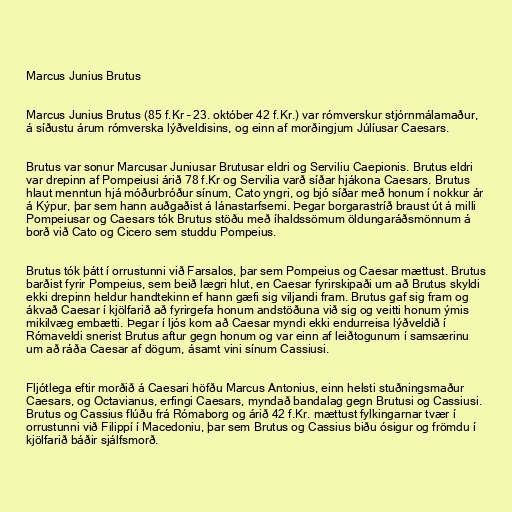
Marcus Junius Brutus

Marcus Junius Brutus (85 f.Kr – 23. október 42 f.Kr.) var rómverskur stjórnmálamaður,
á síðustu árum rómverska lýðveldisins, og einn af morðingjum Júlíusar Caesars.

Brutus var sonur Marcusar Juniusar Brutusar eldri og Serviliu Caepionis. Brutus eldri
var drepinn af Pompeiusi árið 78 f.Kr og Servilia varð síðar hjákona Caesars. Brutus
hlaut menntun hjá móðurbróður sínum, Cato yngri, og bjó síðar með honum í nokkur ár
á Kýpur, þar sem hann auðgaðist á lánastarfsemi. Þegar borgarastríð braust út á milli
Pompeiusar og Caesars tók Brutus stöðu með íhaldssömum öldungaráðsmönnum á
borð við Cato og Cicero sem studdu Pompeius.

Brutus tók þátt í orrustunni við Farsalos, þar sem Pompeius og Caesar mættust. Brutus
barðist fyrir Pompeius, sem beið lægri hlut, en Caesar fyrirskipaði um að Brutus skyldi
ekki drepinn heldur handtekinn ef hann gæfi sig viljandi fram. Brutus gaf sig fram og
ákvað Caesar í kjölfarið að fyrirgefa honum andstöðuna við sig og veitti honum ýmis
mikilvæg embætti. Þegar í ljós kom að Caesar myndi ekki endurreisa lýðveldið í
Rómaveldi snerist Brutus aftur gegn honum og var einn af leiðtogunum í samsærinu
um að ráða Caesar af dögum, ásamt vini sínum Cassiusi.

Fljótlega eftir morðið á Caesari höfðu Marcus Antonius, einn helsti stuðningsmaður
Caesars, og Octavianus, erfingi Caesars, myndað bandalag gegn Brutusi og Cassiusi.
Brutus og Cassius flúðu frá Rómaborg og árið 42 f.Kr. mættust fylkingarnar tvær í
orrustunni við Filippí í Macedoniu, þar sem Brutus og Cassius biðu ósigur og frömdu í
kjölfarið báðir sjálfsmorð.